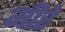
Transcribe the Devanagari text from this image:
मीरे